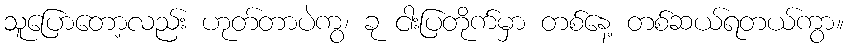
သူပြောတော့လည်း ဟုတ်တာပဲကွ၊ ခု ငါးပြတိုက်မှာ တစ်နေ့ တစ်ဆယ်ရတယ်ကွာ။